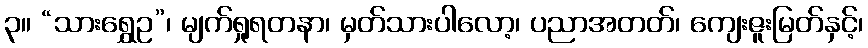
၃။ “သားရွှေဥ”၊ မျက်ရှုရတနာ၊ မှတ်သားပါလော့၊ ပညာအတတ်၊ ကျေးဇူးမြတ်နှင့်၊